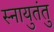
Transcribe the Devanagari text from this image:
स्नायुतंतु